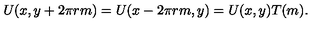
U ( x , y + 2 \pi r m ) = U ( x - 2 \pi r m , y ) = U ( x , y ) T ( m ) .